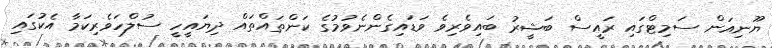
ޔޫނިއަން ސަމިޓްގައި ރައީސް ބަޝީރު ބައިވެރިވެ ވަޑައިގެންނެވުމުގެ ކަންތައްތައް ދިޔައީހީ ސުލްހަވެރިކަމާ އެކުގައި